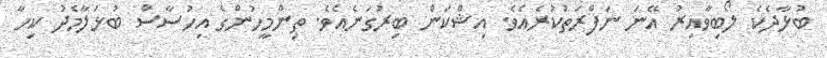
ބުޅާދެކެ ލޯބިވާއިރު އޭނަ ނަފްރަތުކުރެއެވެ. އިޝްކަން ބިރުގަނެއެވެ. ތިންމީހުންގެ އިހުސާސް ބުޅަލާމެދު ކިހާ